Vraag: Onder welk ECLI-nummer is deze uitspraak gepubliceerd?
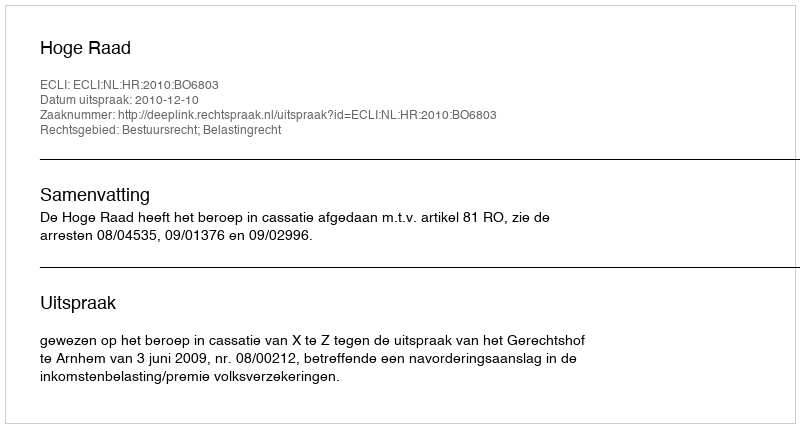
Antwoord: ECLI:NL:HR:2010:BO6803